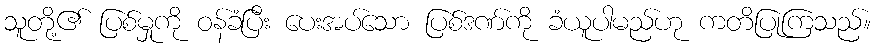
သူတို့၏ ပြစ်မှုကို ဝန်ခံပြီး ပေးအပ်သော ပြစ်ဒဏ်ကို ခံယူပါမည်ဟု ကတိပြုကြသည်။